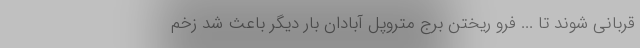
قربانی شوند تا ... فرو ریختن برج متروپل آبادان بار دیگر باعث شد زخم